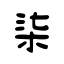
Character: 柒